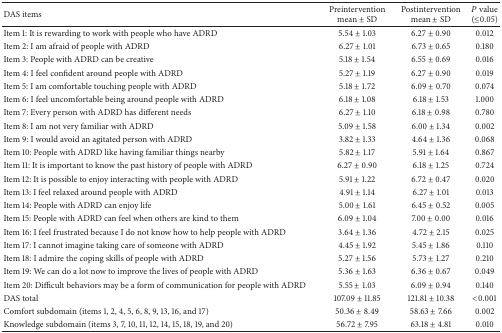
<table><thead><tr><td><b>DAS items </b></td><td><b>Preintervention mean ± SD</b></td><td><b>Postintervention mean ± SD</b></td><td><b><i>P</i> value(≤0.05)</b></td></tr></thead><tbody><tr><td>Item 1: It is rewarding to work with people who have ADRD </td><td>5.54 ± 1.03</td><td>6.27 ± 0.90</td><td>0.012</td></tr><tr><td>Item 2: I am afraid of people with ADRD </td><td>6.27 ± 1.01 </td><td>6.73 ± 0.65 </td><td>0.180</td></tr><tr><td>Item 3: People with ADRD can be creative </td><td>5.18 ± 1.54 </td><td>6.55 ± 0.69 </td><td>0.016</td></tr><tr><td>Item 4: I feel confident around people with ADRD</td><td>5.27 ± 1.19</td><td>6.27 ± 0.90 </td><td>0.019</td></tr><tr><td>Item 5: I am comfortable touching people with ADRD</td><td>5.18 ± 1.72 </td><td>6.09 ± 0.70 </td><td>0.074</td></tr><tr><td>Item 6: I feel uncomfortable being around people with ADRD</td><td>6.18 ± 1.08 </td><td>6.18 ± 1.53 </td><td>1.000</td></tr><tr><td>Item 7: Every person with ADRD has different needs </td><td>6.27 ± 1.10 </td><td>6.18 ± 0.98 </td><td>0.780</td></tr><tr><td>Item 8: I am not very familiar with ADRD </td><td>5.09 ± 1.58 </td><td>6.00 ± 1.34 </td><td>0.002</td></tr><tr><td>Item 9: I would avoid an agitated person with ADRD </td><td>3.82 ± 1.33</td><td>4.64 ± 1.36 </td><td>0.068</td></tr><tr><td>Item 10: People with ADRD like having familiar things nearby </td><td>5.82 ± 1.17 </td><td>5.91 ± 1.64 </td><td>0.867</td></tr><tr><td>Item 11: It is important to know the past history of people with ADRD</td><td>6.27 ± 0.90</td><td>6.18 ± 1.25 </td><td>0.724</td></tr><tr><td>Item 12: It is possible to enjoy interacting with people with ADRD</td><td>5.91 ± 1.22 </td><td>6.72 ± 0.47 </td><td>0.020</td></tr><tr><td>Item 13: I feel relaxed around people with ADRD </td><td>4.91 ± 1.14</td><td>6.27 ± 1.01 </td><td>0.013</td></tr><tr><td>Item 14: People with ADRD can enjoy life </td><td>5.00 ± 1.61 </td><td>6.45 ± 0.52 </td><td>0.005</td></tr><tr><td>Item 15: People with ADRD can feel when others are kind to them </td><td>6.09 ± 1.04</td><td>7.00 ± 0.00 </td><td>0.016</td></tr><tr><td>Item 16: I feel frustrated because I do not know how to help people with ADRD</td><td>3.64 ± 1.36 </td><td>4.72 ± 2.15 </td><td>0.025</td></tr><tr><td>Item 17: I cannot imagine taking care of someone with ADRD </td><td>4.45 ± 1.92 </td><td>5.45 ± 1.86 </td><td>0.110</td></tr><tr><td>Item 18: I admire the coping skills of people with ADRD </td><td>5.27 ± 1.56 </td><td>5.73 ± 1.27 </td><td>0.210</td></tr><tr><td>Item 19: We can do a lot now to improve the lives of people with ADRD</td><td>5.36 ± 1.63 </td><td>6.36 ± 0.67 </td><td>0.049 </td></tr><tr><td>Item 20: Difficult behaviors may be a form of communication for people with ADRD</td><td>5.55 ± 1.03 </td><td>6.09 ± 0.94 </td><td>0.140</td></tr><tr><td>DAS total </td><td>107.09 ± 11.85</td><td>121.81 ± 10.38</td><td>&lt;0.001</td></tr><tr><td>Comfort subdomain (items 1, 2, 4, 5, 6, 8, 9, 13, 16, and 17)</td><td>50.36 ± 8.49</td><td>58.63 ± 7.66</td><td>0.002</td></tr><tr><td>Knowledge subdomain (items 3, 7, 10, 11, 12, 14, 15, 18, 19, and 20) </td><td>56.72 ± 7.95</td><td>63.18 ± 4.81</td><td>0.010</td></tr></tbody></table>